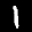
Label: 1